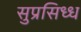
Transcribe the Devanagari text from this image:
सुप्रसिध्‍ध